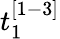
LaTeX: t_{1}^{[1-3]}